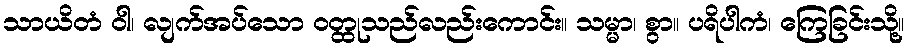
သာယိတံ ဝါ၊ လျက်အပ်သော ဝတ္ထုသည်လည်းကောင်း။ သမ္မာ၊ စွာ။ ပရိပါကံ၊ ကြေခြင်းသို့။